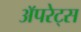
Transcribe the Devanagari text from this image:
अॅपरेट्स